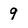
Character: 9